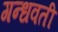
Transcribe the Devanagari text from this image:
गन्धवती